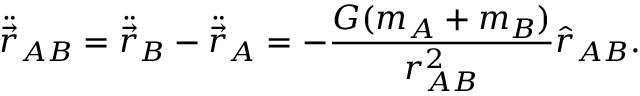
\ddot { \vec { r } } _ { A B } = \ddot { \vec { r } } _ { B } - \ddot { \vec { r } } _ { A } = - \frac { G ( m _ { A } + m _ { B } ) } { r _ { A B } ^ { 2 } } \hat { r } _ { A B } .